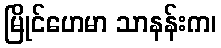
မြိုင်ဟေမာ သာနန်းက၊